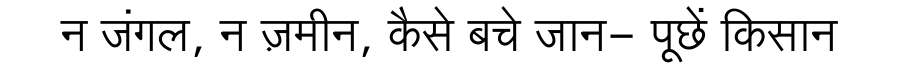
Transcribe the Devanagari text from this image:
न जंगल, न ज़मीन, कैसे बचे जान- पूछें किसान